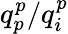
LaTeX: q_{p}^{p}/q_{i}^{p}